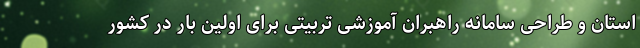
استان و طراحی سامانه راهبران آموزشی تربیتی برای اولین بار در کشور